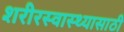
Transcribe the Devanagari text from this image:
शरीरस्वास्थ्यासाठी